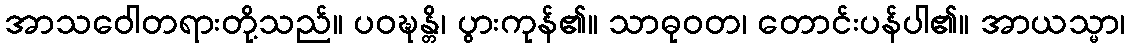
အာသဝေါတရားတို့သည်။ ပဝဍ္ဎန္တိ၊ ပွားကုန်၏။ သာဓုဝတ၊ တောင်းပန်ပါ၏။ အာယသ္မာ၊